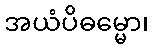
အယံပိဓမ္မော၊